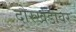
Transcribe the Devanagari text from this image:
दोरखंडावर